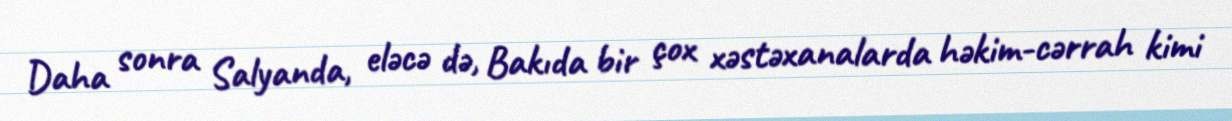
Daha sonra Salyanda, eləcə də, Bakıda bir çox xəstəxanalarda həkim-cərrah kimi